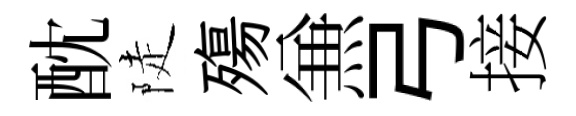
酖陡殤𠔥弓接